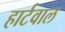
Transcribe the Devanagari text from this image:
हार्टवाल